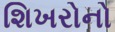
શિખરોનો